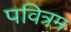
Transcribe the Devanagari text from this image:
पवित्रम